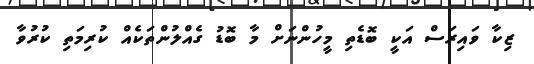
ޒިކާ ވައިރަސް އަކީ ބޮޑެތި މީހުންނަށް މާ ބޮޑު ގެއްލުންތަކެއް ކުރިމަތި ކުރުވާ